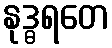
နုဒ္ဓရတေ